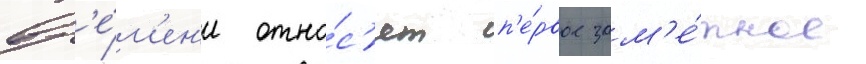
вр'е́м'ен'и отно́с'ят п'е́рвое зам'е́тное